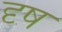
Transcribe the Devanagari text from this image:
दृष